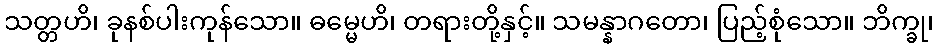
သတ္တဟိ၊ ခုနစ်ပါးကုန်သော။ ဓမ္မေဟိ၊ တရားတို့နှင့်။ သမန္နာဂတော၊ ပြည့်စုံသော။ ဘိက္ခု၊